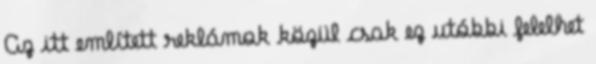
Az itt említett reklámok közül csak ez utóbbi felelhet